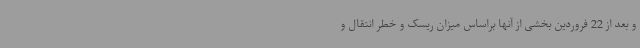
و بعد از 22 فروردین بخشی از آنها براساس میزان ریسک و خطر انتقال و